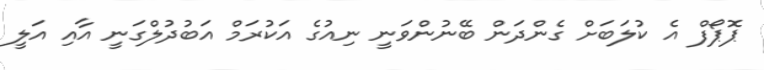
ޕޮޕޯފް އެ ކުލަބަށް ގެންދަން ބޭނުންވަނީ ނިއުގެ އަކުރަމް އަބުދުލްގަނީ އާއި އަލީ